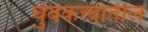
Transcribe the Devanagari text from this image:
चुंबकत्त्वातील